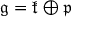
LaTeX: { \mathfrak { g } } = { \mathfrak { k } } \oplus { \mathfrak { p } }